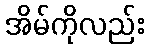
အိမ်ကိုလည်း